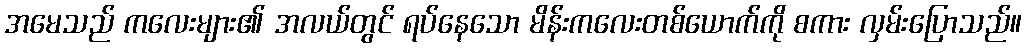
အမေသည် ကလေးများ၏ အလယ်တွင် ရပ်နေသော မိန်းကလေးတစ်ယောက်ကို စကား လှမ်းပြောသည်။